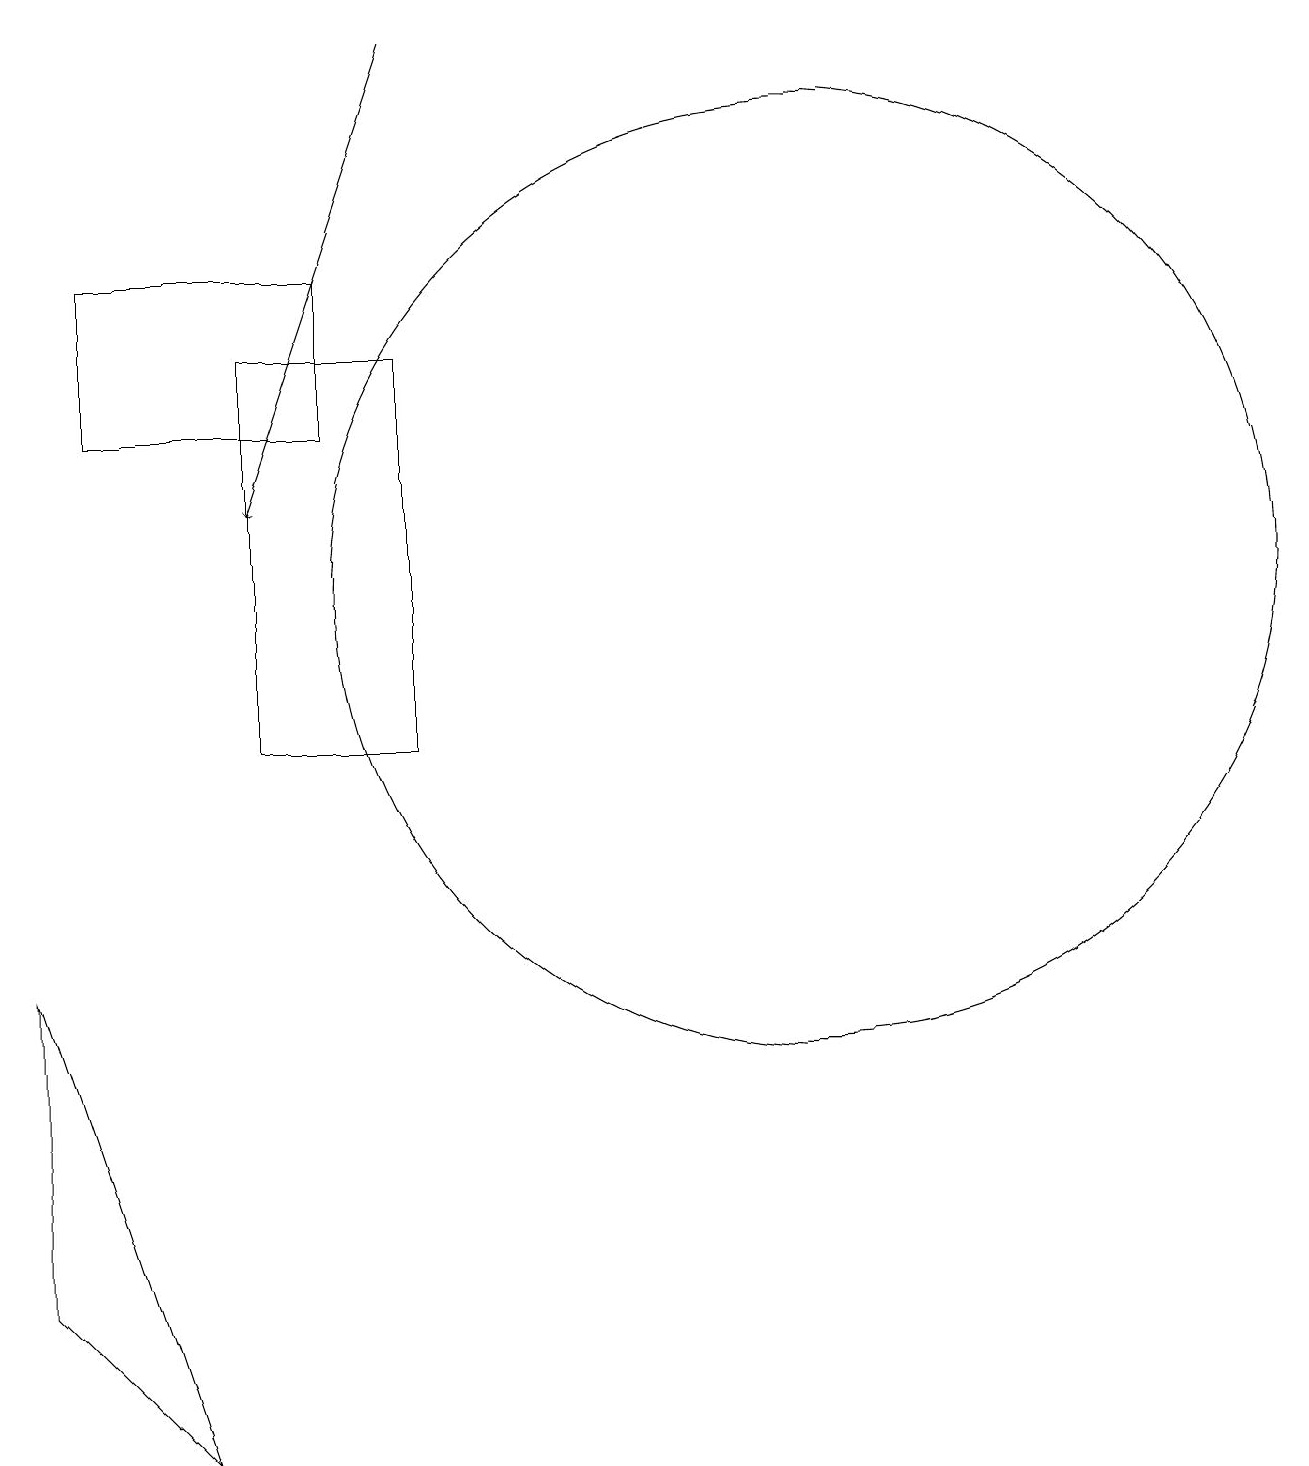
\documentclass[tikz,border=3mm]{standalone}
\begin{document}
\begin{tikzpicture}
\draw[->] (5,19) -- (3,13);
\draw (10,12) circle (6);
\draw (0,7) -- (0,3) -- (2,1) -- cycle;
\draw (5,10) rectangle (3,15);
\draw (1,14) rectangle (4,16);
\draw (11,10) circle (0);
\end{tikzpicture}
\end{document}